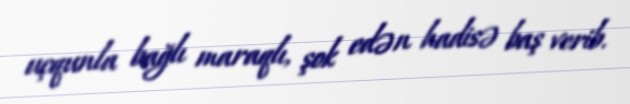
uçqunla bağlı maraqlı, şok edən hadisə baş verib.